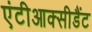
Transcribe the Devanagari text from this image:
एंटीआक्सीडैंट